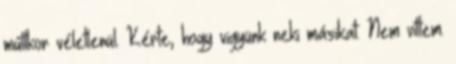
múltkor véletlenül. Kérte, hogy vigyünk neki másikat. Nem vittem.